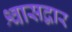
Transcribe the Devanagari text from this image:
श्वासद्वार